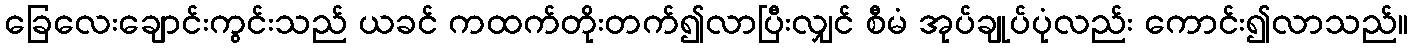
ခြေလေးချောင်းကွင်းသည် ယခင် ကထက်တိုးတက်၍လာပြီးလျှင် စီမံ အုပ်ချုပ်ပုံလည်း ကောင်း၍လာသည်။